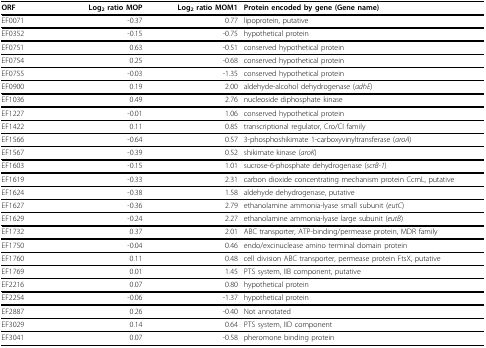
<table><thead><tr><td><b>ORF</b></td><td><b>Log<sub>2 </sub>ratio MOP</b></td><td><b>Log<sub>2 </sub>ratio MOM1</b></td><td><b>Protein encoded by gene (Gene name)</b></td></tr></thead><tbody><tr><td>EF0071</td><td>-0.37</td><td>0.77</td><td>lipoprotein, putative</td></tr><tr><td>EF0352</td><td>-0.15</td><td>-0.75</td><td>hypothetical protein</td></tr><tr><td>EF0751</td><td>0.63</td><td>-0.51</td><td>conserved hypothetical protein</td></tr><tr><td>EF0754</td><td>0.25</td><td>-0.68</td><td>conserved hypothetical protein</td></tr><tr><td>EF0755</td><td>-0.03</td><td>-1.35</td><td>conserved hypothetical protein</td></tr><tr><td>EF0900</td><td>0.19</td><td>2.00</td><td>aldehyde-alcohol dehydrogenase (<i>adhE</i>)</td></tr><tr><td>EF1036</td><td>0.49</td><td>2.76</td><td>nucleoside diphosphate kinase</td></tr><tr><td>EF1227</td><td>-0.01</td><td>1.06</td><td>conserved hypothetical protein</td></tr><tr><td>EF1422</td><td>0.11</td><td>0.85</td><td>transcriptional regulator, Cro/CI family</td></tr><tr><td>EF1566</td><td>-0.64</td><td>0.57</td><td>3-phosphoshikimate 1-carboxyvinyltransferase (<i>aroA</i>)</td></tr><tr><td>EF1567</td><td>-0.39</td><td>0.52</td><td>shikimate kinase (<i>aroK</i>)</td></tr><tr><td>EF1603</td><td>-0.15</td><td>1.01</td><td>sucrose-6-phosphate dehydrogenase (<i>scrB-1</i>)</td></tr><tr><td>EF1619</td><td>-0.33</td><td>2.31</td><td>carbon dioxide concentrating mechanism protein CcmL, putative</td></tr><tr><td>EF1624</td><td>-0.38</td><td>1.58</td><td>aldehyde dehydrogenase, putative</td></tr><tr><td>EF1627</td><td>-0.36</td><td>2.79</td><td>ethanolamine ammonia-lyase small subunit (<i>eutC</i>)</td></tr><tr><td>EF1629</td><td>-0.24</td><td>2.27</td><td>ethanolamine ammonia-lyase large subunit (<i>eutB</i>)</td></tr><tr><td>EF1732</td><td>0.37</td><td>2.01</td><td>ABC transporter, ATP-binding/permease protein, MDR family</td></tr><tr><td>EF1750</td><td>-0.04</td><td>0.46</td><td>endo/excinuclease amino terminal domain protein</td></tr><tr><td>EF1760</td><td>0.11</td><td>0.48</td><td>cell division ABC transporter, permease protein FtsX, putative</td></tr><tr><td>EF1769</td><td>0.01</td><td>1.45</td><td>PTS system, IIB component, putative</td></tr><tr><td>EF2216</td><td>0.07</td><td>0.80</td><td>hypothetical protein</td></tr><tr><td>EF2254</td><td>-0.06</td><td>-1.37</td><td>hypothetical protein</td></tr><tr><td>EF2887</td><td>0.26</td><td>-0.40</td><td>Not annotated</td></tr><tr><td>EF3029</td><td>0.14</td><td>0.64</td><td>PTS system, IID component</td></tr><tr><td>EF3041</td><td>0.07</td><td>-0.58</td><td>pheromone binding protein</td></tr></tbody></table>